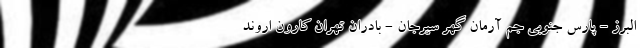
البرز - پارس جنوبی جم آرمان گهر سیرجان - بادران تهران کارون اروند